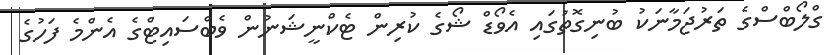
ގްލޯބްސްގެ ތަރުޖަމާނަކު ބުނިގޮތުގައި އެވޯޑް ޝޯގެ ކުރިން ޓެކްނީޝަނުން ވެބްސައިޓްގެ އެންމެ ފަހުގެ